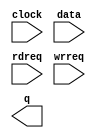
module lineoutput (
	clock,
	data,
	rdreq,
	wrreq,
	q);

	input	  clock;
	input	[17:0]  data;
	input	  rdreq;
	input	  wrreq;
	output	[17:0]  q;

endmodule